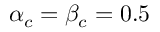
\alpha _ { c } = \beta _ { c } = 0 . 5